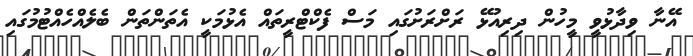
އޭނާ ވިދާޅުވީ މީހުން ދިރިއުޅޭ ރަށްރަށުގައި މަސް ފެކްޓްރީތައް އެޅުމަކީ އެތަންތަން ބެލެއްހެއްޓުމުގައި